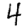
Digit: 4